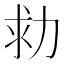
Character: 𠡟